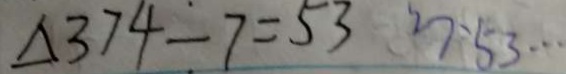
\Delta 3 7 4 - 7 = 5 3